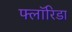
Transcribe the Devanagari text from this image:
फ्लाॅरिडा